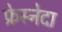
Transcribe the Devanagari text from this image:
फ्रेस्नेदा